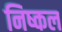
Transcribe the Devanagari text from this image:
निष्कल